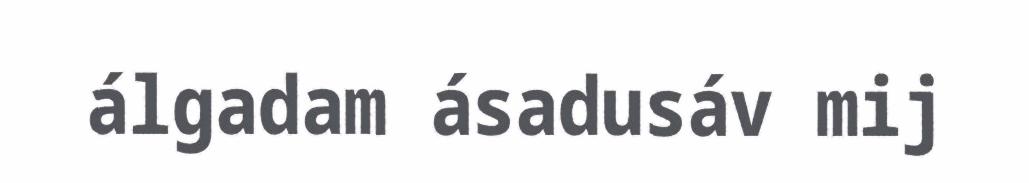
álgadam ásadusáv mij